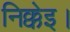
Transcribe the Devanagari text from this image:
निक्केइ।